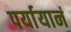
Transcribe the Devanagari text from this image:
पर्यायानं